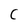
Character: C